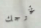
تخرجك